Lock hospitals Punjab
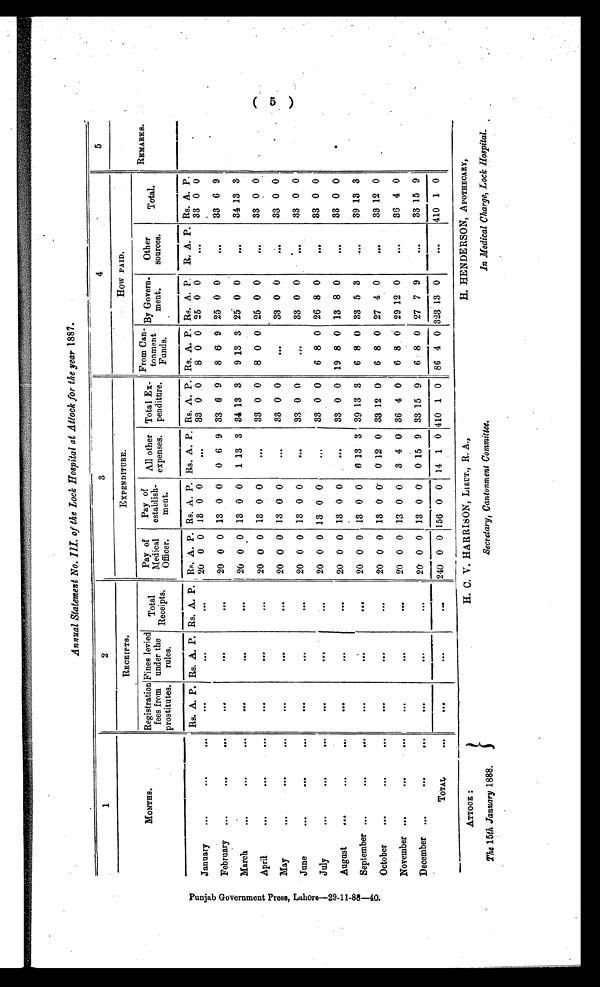
A T T O C K :
The 15th January 1888.
H. C. V. HARRISON, LIEUT., R. A.,
Secretary, Cantonment Committee.
H. HENDERSON, APOTHECARY,
In Medical Charge, Lock Hospital.
Annual Statement No. III. of the Lock Hospital at Attock for the year 1887.
P u n j a b G o v e r n m e n t P r e s s , L a h o r e — 2 9 - 1 1 - 8 8 — 4 0 .
1
2
3
4
5
MONTHS.
RECEIPTS.
EXPENDITURE.
HOW PAID.
REMARKS.
Registration
fees from
prostitutes.
Fines levied
under the
rules.
Total
Receipts.
Pay of
Medical
Officer.
Pay of
establish-
ment.
All other
expenses.
Total Ex-
penditure.
From Can-
tonment
Funds.
By Govern-
ment.
Other
sources.
Total.
Rs. A. P. Rs. A. P. Rs. A. P. Rs. A. P. Rs. A. P. Rs. A. P. Rs. A. P. Rs. A. P. Rs. A. P.
R . A. P. Rs. A. P.
January
...
. . .
...
. . .
. . .
. . .
20 0 0 13 0 0
. . .
33 0 0
8 0 0 25 0 0
. . .
33 0 0
February ...
...
. . .
...
...
. . .
20 0 0 13 0 0
0 6 9 33 6 9
8 6 9 25 0 0
. . .
33 6 9
March
. . .
. . .
. . .
...
. . .
. . .
20 0 0 13 0 0
1 13 3 34 13 3
9 13 3 25 0 0
. . .
34 13 3
April
. . .
. . .
. . .
. . .
. . .
. . .
20 0 0 13 0 0
. . .
33 0 0
8 0 0 25 0 0
. . .
33 0 0
May
. . .
. . .
. . .
. . .
. . .
. . .
20 0 0 13 0 0
. . .
33 0 0
...
33 0 0
. . .
33 0 0
June
. . .
. . .
...
. . .
. . .
. . .
20 0 0 13 0 0
. . .
33 0 0
. . .
33 0 0
. . .
33 0 0
July
...
. . .
. . .
. . .
. . .
. . .
20 0 0 13 0 0
. . .
33 0 0
6 8 0 26 8 0
. . .
3 3 0 0
August
...
. . .
...
. . .
. . .
. . .
20 0 0 13 0 0
...
33 0 0 19 8 0 13 8 0
. . .
33 0 0
September ...
...
...
. . .
. . .
. . .
20 0 0
13 0 0
6 13 3 39 13 3
6 8 0 33 5 3
. . .
39 13 3
October
...
. . .
. . .
. . .
. . .
. . .
20 0 0 13 0 0
0 12 0 33 12 0
6 8 0 27 4 0
. . .
33 12 0
November ...
...
. . .
. . .
. . .
. . .
20 0 0
13 0 0
3 4 0 36 4 0
6 8 0 29 12 0
. . .
36 4 0
December
. . .
. . .
...
. . .
. . .
. . .
20 0 0
13 0 0
0 15 9 33
1 5 9
6 8 0 27 7 9
...
33 15 9
TOTAL
...
. . .
. . .
. . .
240 0 0 156 0 0 14 1 0 410 1 0 86 4 0 323 13 0
. . .
410 1 0
( 5 )